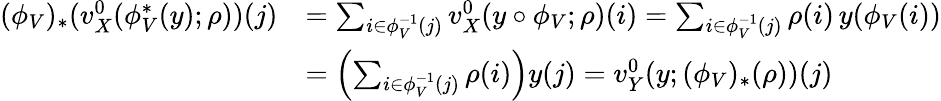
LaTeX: \begin{array}{rl}{(\phi_{V})_{*}(v_{X}^{0}(\phi_{V}^{*}(y);\rho))(j)}&{=\sum_{i\in\phi_{V}^{-1}(j)}v_{X}^{0}(y\circ\phi_{V};\rho)(i)=\sum_{i\in\phi_{V}^{-1}(j)}\rho(i)\, y(\phi_{V}(i))}\\ &{=\left(\sum_{i\in\phi_{V}^{-1}(j)}\rho(i)\right)y(j)=v_{Y}^{0}(y;(\phi_{V})_{*}(\rho))(j)}\end{array}